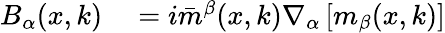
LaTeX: \begin{array}{rl}{B_{\alpha}(x,k)}&{{}=i\bar{m}^{\beta}(x,k)\nabla_{\alpha}\left[m_{\beta}(x,k)\right]}\end{array}